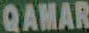
QAMAR